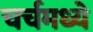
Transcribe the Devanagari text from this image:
चर्चमध्‍ये